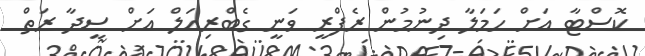
ކޮސްޓާ އަށް ހަމަލާ ދިނުމުން ރެފްރީ ވަނީ ގެބްރިއަލް އަށް ސީދާ ރަތް